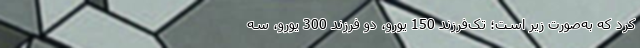
کرد که به‌صورت زیر است؛ تک‌فرزند 150 یورو، دو فرزند 300 یورو، ‌سه